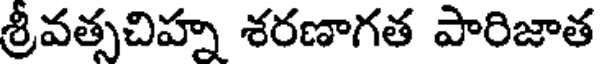
శ్రీవత్సచిహ్న శరణాగత పారిజాత